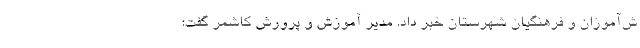
ش‌آموزان و فرهنگیان شهرستان خبر داد. مدیر آموزش و پرورش کاشمر گفت: